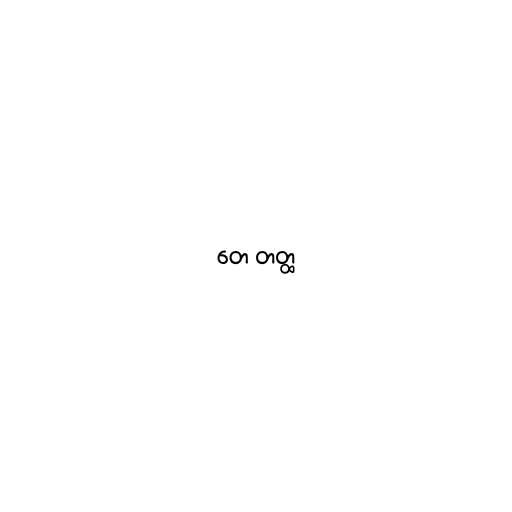
တေ တတ္ထ